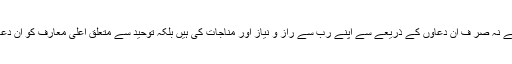
ہا دیان بر حق آئمہ معصومین ؑ نے نہ صر ف ان دعاوں کے ذریعے سے اپنے رب سے راز و نیاز اور مناجات کی ہیں بلکہ توحید سے متعلق اعلیٰ معارف کو ان دعائوں کے قالب میں بیان کیا ہے ۔